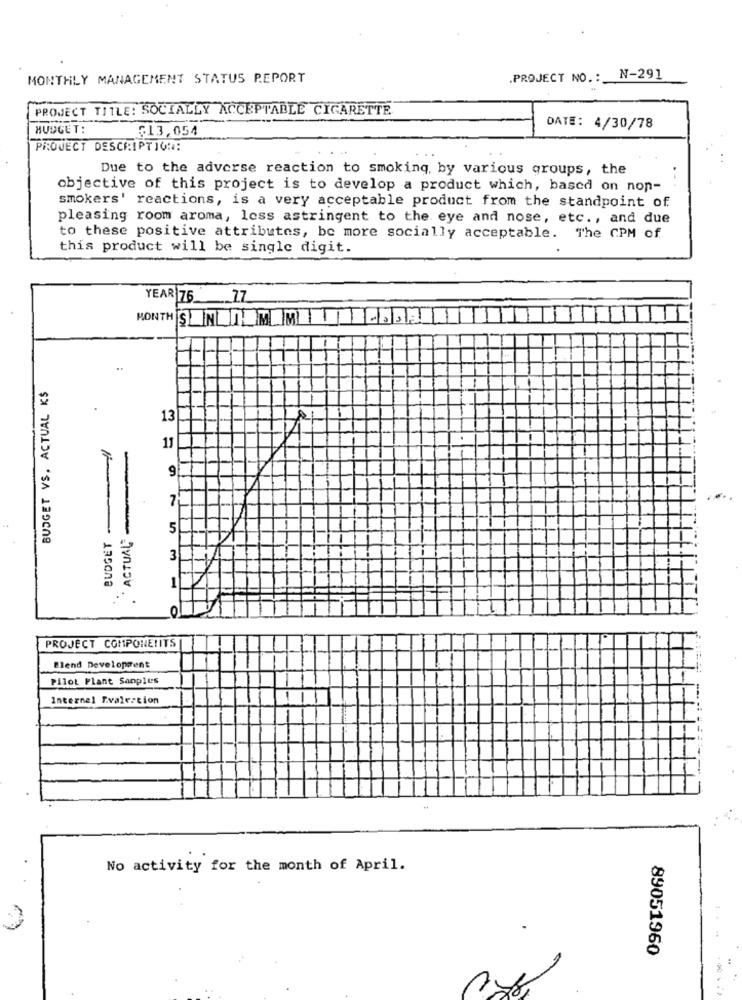
MONTHLY MANAGEMENT STATUS REPORT
.PROJECT NO. :
N-291
PROJECT TITLE: SOCIALLY ACCEPTABLE CIGARETTE
HUDGET:
$13,054
DATE: 4/30/78
PROJECT DESCRIPTION:
Due to the adverse reaction to smoking, by various groups, the
objective of this project is to develop a product which, based on non-
smokers' reactions, is a very acceptable product from the standpoint of.
pleasing room aroma, loss astringent to the eye and nose, etc ., and due
to these positive attributes, be more socially acceptable. The CPM of
this product will be single digit.
YEAR 76 77
MONTH SNL MLM -55
BUDGET VS. ACTUAL KS
13
11
`ACTUAL"
5
BUDGET
3
1
0
PROJECT COMPONENITS
Blend Development
Pilot Plant Sanplus
Internal Tvalection
====:--:....
No activity for the month of April.
89051960